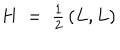
H ~ = ~ { \textstyle { \frac { 1 } { 2 } } } \, ( L , L )